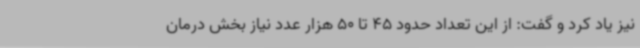
نیز یاد کرد و گفت: از این تعداد حدود 45 تا 50 هزار عدد نیاز بخش درمان